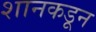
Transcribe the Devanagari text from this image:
शानकडून